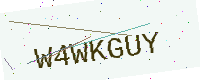
Text: W4WKGUY